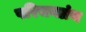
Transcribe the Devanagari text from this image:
परिचयग्रंथ